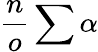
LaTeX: \frac{n}{o}\sum\alpha